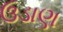
ઉડાણ